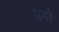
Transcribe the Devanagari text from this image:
ययौ